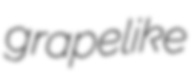
grapelike